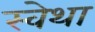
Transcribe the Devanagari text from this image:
स्वेथा